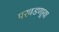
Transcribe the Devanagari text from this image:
परवडणार्‍या